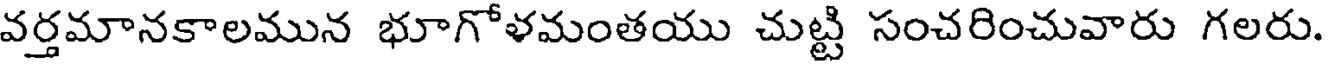
వర్తమానకాలమున భూగోళమంతయు చుట్టి సంచరించువారు గలరు.